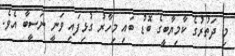
މި ދަތުރުގެ ކާމިޔާބީގެ ބޮޑު ބައި މިހާރު ގުޅިފައި ވަނީ ނަސީބާ އެވެ.